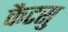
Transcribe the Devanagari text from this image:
कैटसु